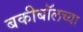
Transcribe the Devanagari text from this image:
बकीबॉलच्या